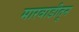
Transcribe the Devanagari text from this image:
मारवाडीतून